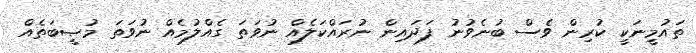
ތައުމީނަކީ ކުރިން ވެސް ބުނެވުނު ފަދައިން ނުރައްކަލެއް ނުވަތަ ގެއްލުމެއް ނުވަތަ މުޞީބަތެއް